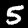
Label: 5